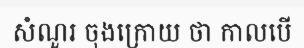
សំណួរ ចុងក្រោយ ថា កាលបើ